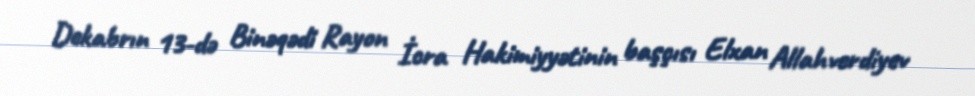
Dekabrın 13-də Binəqədi Rayon İcra Hakimiyyətinin başçısı Elxan Allahverdiyev